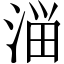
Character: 𰜈